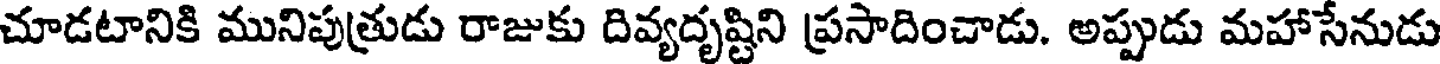
చూడటానికి మునిపుత్రుడు రాజుకు దివ్యదృష్టిని ప్రసాదించాడు. అప్పుడు మహాసేనుడు